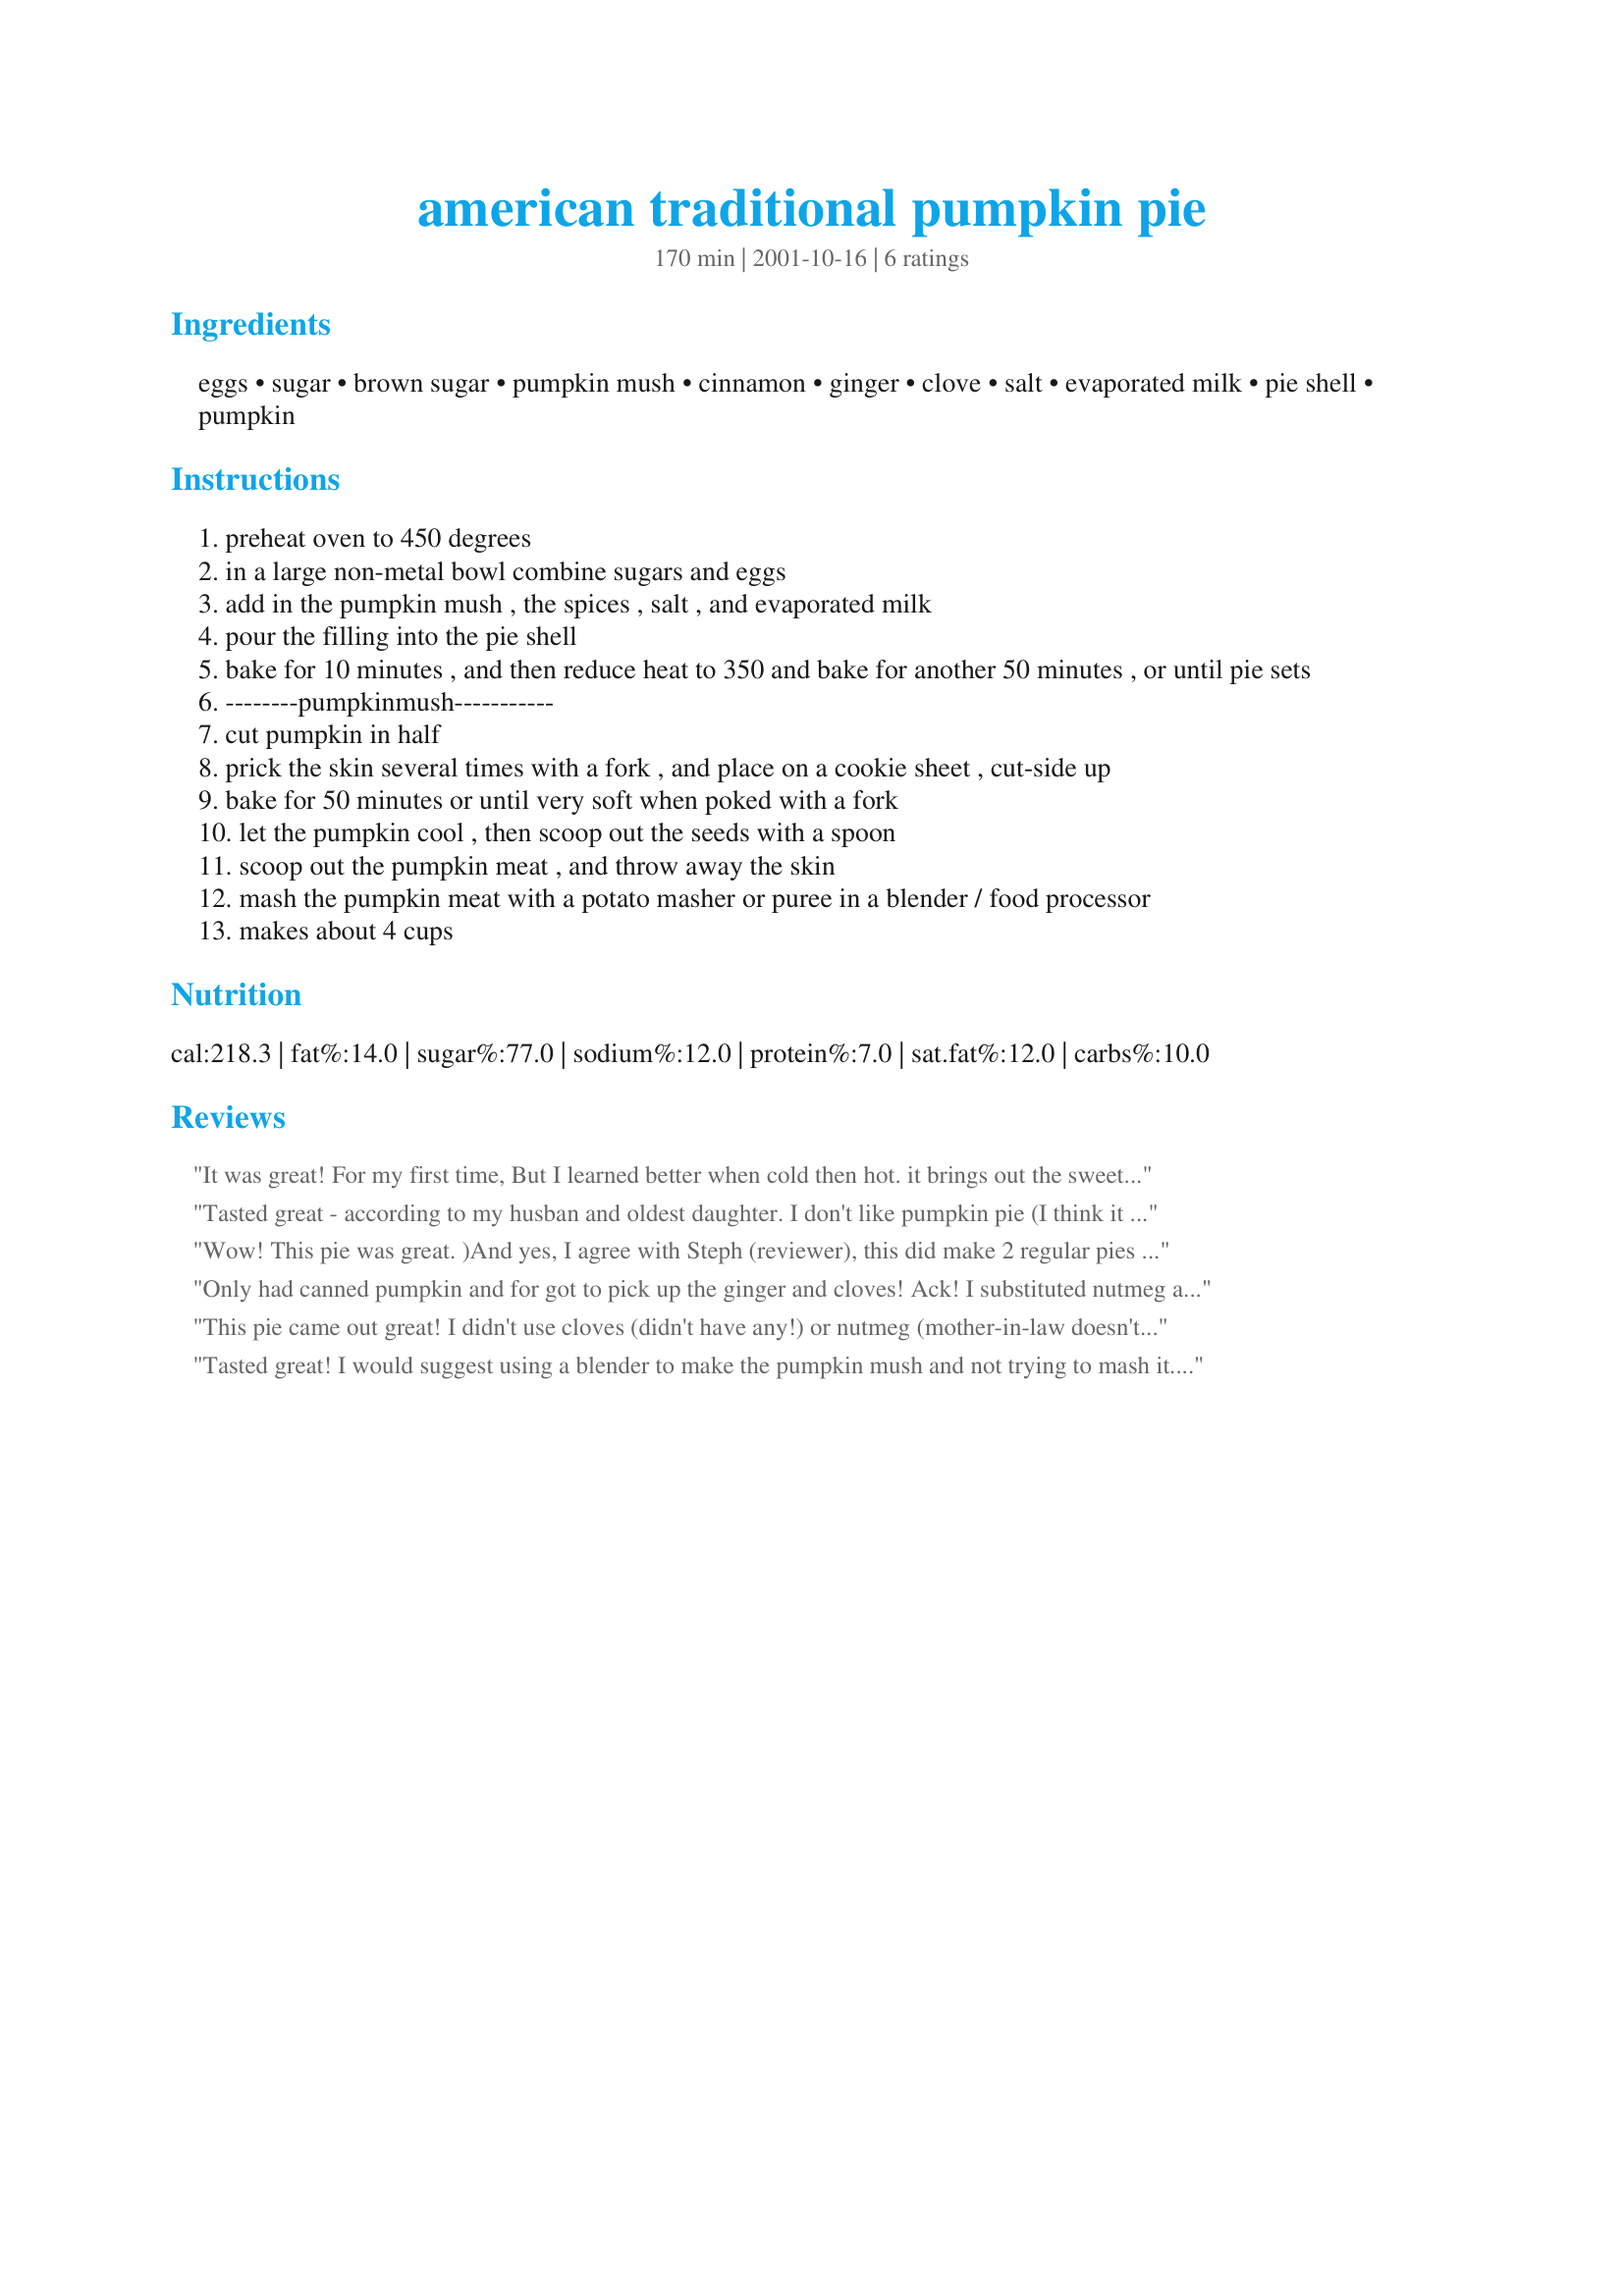
american traditional pumpkin pie
Preparation time: 170 minutes

Ingredients:
eggs, sugar, brown sugar, pumpkin mush, cinnamon, ginger, clove, salt, evaporated milk, pie shell, pumpkin

Steps:
preheat oven to 450 degrees
in a large non-metal bowl combine sugars and eggs
add in the pumpkin mush , the spices , salt , and evaporated milk
pour the filling into the pie shell
bake for 10 minutes , and then reduce heat to 350 and bake for another 50 minutes , or until pie sets
--------pumpkinmush-----------
cut pumpkin in half
prick the skin several times with a fork , and place on a cookie sheet , cut-side up
bake for 50 minutes or until very soft when poked with a fork
let the pumpkin cool , then scoop out the seeds with a spoon
scoop out the pumpkin meat , and throw away the skin
mash the pumpkin meat with a potato masher or puree in a blender / food processor
makes about 4 cups

Reviews:
It was great! For my first time, But I learned better when cold then hot. it brings out the sweetness. THANK YOU SO MUCH!!
Tasted great - according to my husban and oldest daughter. I don't like pumpkin pie (I think it is the nutmeg). This recipe made TWO PIES, and I did not double the recipe. Not sure why, but I followed the recipe to a tee. Trust me, I am not complaining - my husband was one happy man for 7 days! :o)
Wow! This pie was great. )And yes, I agree with Steph (reviewer), this did make 2 regular pies for me too. I couldn't find my ginger so I made it without and was still delicous! I guess it's a fool proof pie, (to an extent). We loved this pie!
Only had canned pumpkin and for got to pick up the ginger and cloves! Ack! I substituted nutmeg and a 1/4 teaspoon of vanilla extract.

This recipe turned out fantastic even with my variations! I'm going to try it your way as well as soon as I get a real pumpkin! Thanks for this recipe. It's a real keeper!
This pie came out great! I didn't use cloves (didn't have any!) or nutmeg (mother-in-law doesn't like it) and it still came out really good. I will definitely keep this recipe!
Tasted great! I would suggest using a blender to make the pumpkin mush and not trying to mash it. It was also helpful just to use my hands to mush it all up. The pies turned out great, but not really a huge difference from using canned pumpkin. So, I think it's just easier next time to just get canned pumpkin. But this is an excellent recipe if you have pumpkins on hand that you want to use.
